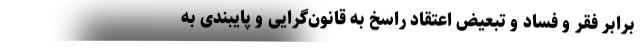
برابر فقر و فساد و تبعیض اعتقاد راسخ به قانون‌گرایی و پایبندی به